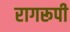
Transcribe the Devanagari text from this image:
रागरूपी